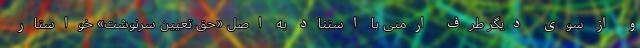
و از سوی دیگر طرف ارمنی با استناد به اصل «حق تعیین سرنوشت» خواستار